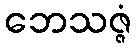
ဘေသဇ္ဇံ